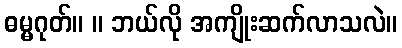
ဓမ္မဂုတ်။ ။ ဘယ်လို အကျိုးဆက်လာသလဲ။